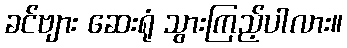
ခင်ဗျား ဆေးရုံ သွားကြည့်ပါလား။